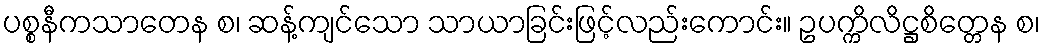
ပစ္စနီကသာတေန စ၊ ဆန့်ကျင်သော သာယာခြင်းဖြင့်လည်းကောင်း။ ဥပက္ကိလိဋ္ဌစိတ္တေန စ၊